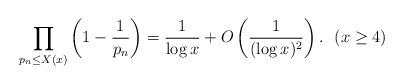
LaTeX: \begin{align*} \prod_{p_n\le X(x)}\left(1-\frac{1}{p_n}\right) = \frac{1}{\log x}+O\left(\frac{1}{(\log x)^2}\right).\ \ (x\ge 4)\end{align*}